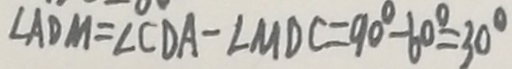
\angle A D M = \angle C D A - \angle M D C = 9 0 ^ { \circ } - 6 0 ^ { \circ } = 3 0 ^ { \circ }